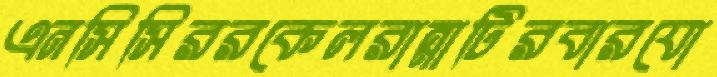
এনসিসিররকেলরান্নাটিরবারযো